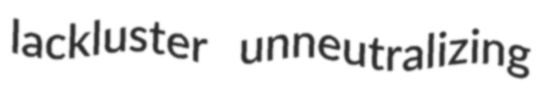
lackluster unneutralizing